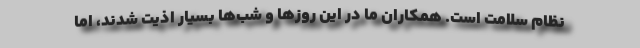
نظام سلامت است. همکاران ما در این روزها و شب‌ها بسیار اذیت شدند، اما